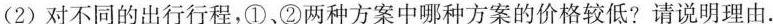
(2)对不同的出行行程，①、②两种方案中哪种方案的价格较低?请说明理由.